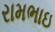
રામભાઇ